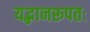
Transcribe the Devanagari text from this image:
यद्भानरूपतः